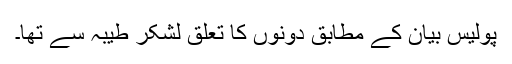
پولیس بیان کے مطابق دونوں کا تعلق لشکر طیبہ سے تھا۔